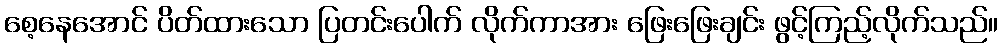
စေ့နေအောင် ပိတ်ထားသော ပြတင်းပေါက် လိုက်ကာအား ဖြေးဖြေးချင်း ဖွင့်ကြည့်လိုက်သည်။